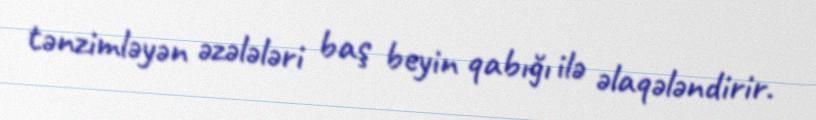
tənzimləyən əzələləri baş beyin qabığı ilə əlaqələndirir.